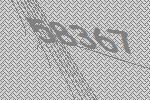
58367